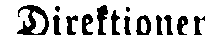
Direktionen.